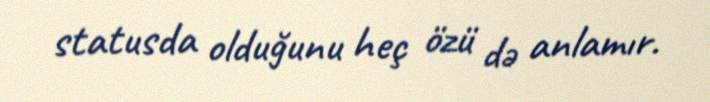
statusda olduğunu heç özü də anlamır.